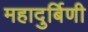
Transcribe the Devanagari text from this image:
महादुर्बिणी